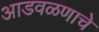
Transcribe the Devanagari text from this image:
आडवळणाचे